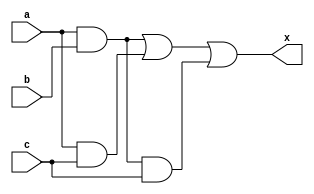
module Boolean (x,a,b,c);
    input  a,b,c;
    output x;

    assign x= a&b | a&c | a&b&c ;

endmodule